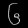
Digit: ၆